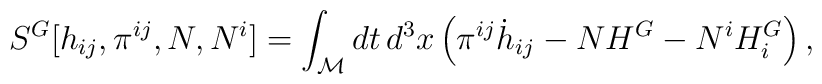
{}S^G [h_{ij}, \pi^{ij}, N, N^i] = \int_{\cal M} dt \, d^3x \left(	     {\pi}^{ij} {\dot h}_{ij} - N H^G - N^i H^G_i \right),